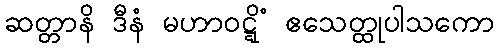
ဆတ္တာနိ ဒီနံ မဟာဝဋ္ဋိံ ဧသေတ္ထုပါသကော